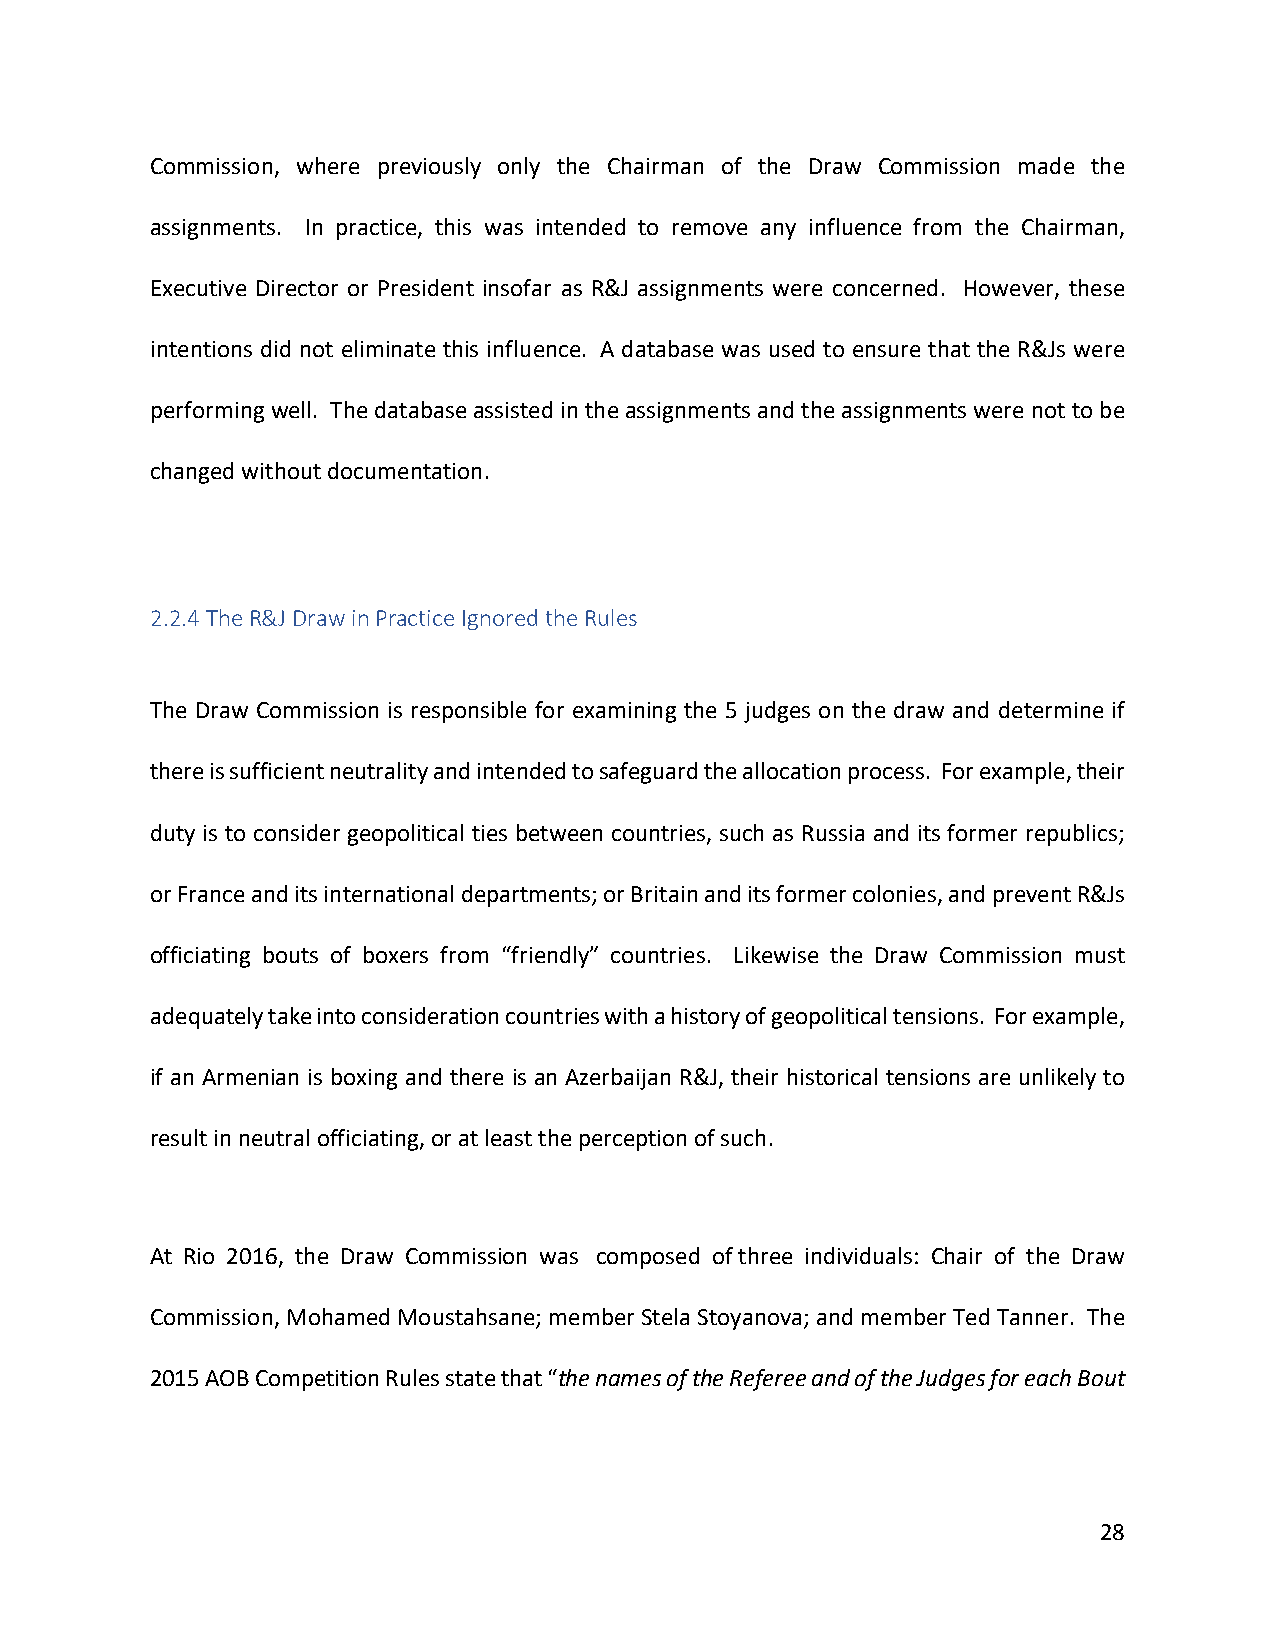
Commission, where previously only the Chairman of the Draw Commission made the
 assignments. In practice, this was intended to remove any influence from the Chairman,
 Executive Director or President insofar as R&J assignments were concerned. However, these
 intentions did not eliminate this influence. A database was used to ensure that the R&Js were
 performing well. The database assisted in the assignments and the assignments were not to be
 changed without documentation.
 2.2.4 The R&J Draw in Practice Ignored the Rules
 The Draw Commission is responsible for examining the 5 judges on the draw and determine if
 there is sufficient neutrality and intended to safeguard the allocation process. For example, their
 duty is to consider geopolitical ties between countries, such as Russia and its former republics;
 or France and its international departments; or Britain and its former colonies, and prevent R&Js
 officiating bouts of boxers from “friendly” countries. Likewise the Draw Commission must
 adequately take into consideration countries with a history of geopolitical tensions. For example,
 if an Armenian is boxing and there is an Azerbaijan R&J, their historical tensions are unlikely to
 result in neutral officiating, or at least the perception of such.
 At Rio 2016, the Draw Commission was composed of three individuals: Chair of the Draw
 Commission, Mohamed Moustahsane; member Stela Stoyanova; and member Ted Tanner. The
 2015 AOB Competition Rules state that “the names of the Referee and of the Judges for each Bout
 28